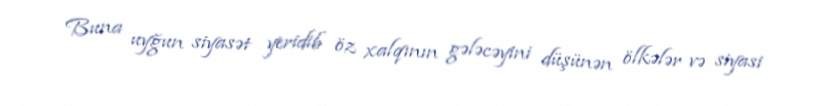
Buna uyğun siyasət yeridib öz xalqının gələcəyini düşünən ölkələr və siyasi